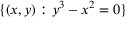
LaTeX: \{ ( x , y ) : y ^ { 3 } - x ^ { 2 } = 0 \}